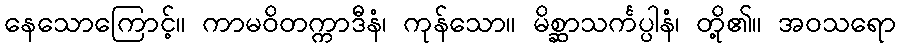
နေသောကြောင့်။ ကာမဝိတက္ကာဒီနံ၊ ကုန်သော။ မိစ္ဆာသင်္ကပ္ပါနံ၊ တို့၏။ အဝသရော